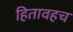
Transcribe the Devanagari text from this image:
हितावहच